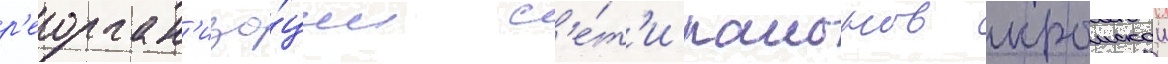
р'еорган'иза́ции с'е́т'и раионов крымскои